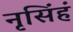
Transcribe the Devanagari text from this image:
नृसिंहं